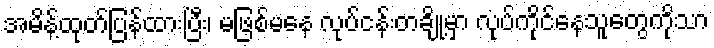
အမိန့်ထုတ်ပြန်ထားပြီး၊ မဖြစ်မနေ လုပ်ငန်းတချို့မှာ လုပ်ကိုင်နေသူတွေကိုသာ